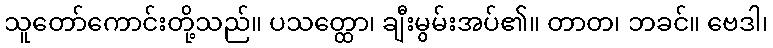
သူတော်ကောင်းတို့သည်။ ပသတ္ထော၊ ချီးမွမ်းအပ်၏။ တာတ၊ ဘခင်။ ဗေဒါ၊